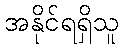
အနိုင်ရရှိသူ